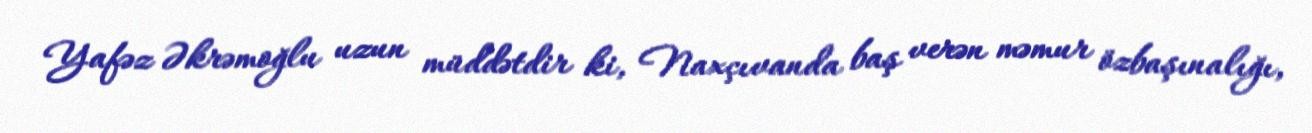
Yafəz Əkrəmoğlu uzun müddətdir ki, Naxçıvanda baş verən məmur özbaşınalığı,